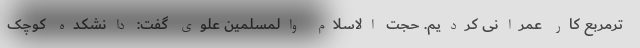
ترمربع کار عمرانی کردیم. حجت الاسلام والمسلمین علوی گفت: دانشکده کوچک